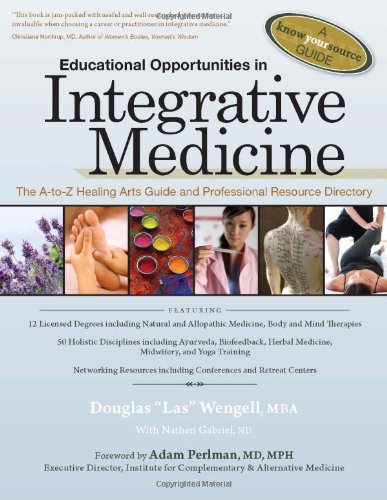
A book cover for Educational Opportunities in Integrative Medicine: The A-to-Z Healing Arts Guide and Professional Resource Directory (A Know Your Source Guide); Douglas Las Wengell MBA; Health, Fitness & Dieting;